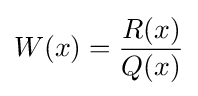
W(x)={\frac {R(x)}{Q(x)}}